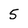
Character: 5